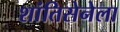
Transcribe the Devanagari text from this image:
शांतिसेनेला